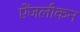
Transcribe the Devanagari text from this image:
ऐंजलीकन